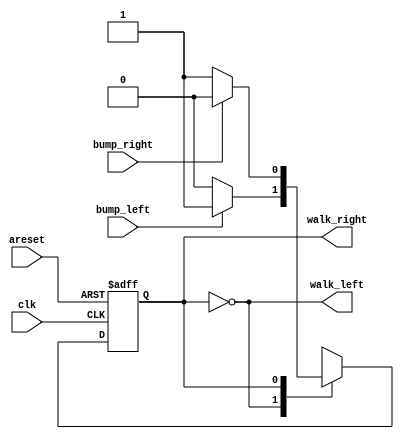
module top_module(
    input clk,
    input areset,
    input bump_left,
    input bump_right,
    output walk_left,
    output walk_right); 

    parameter LEFT=0, RIGHT=1;
    reg state, next_state;

    always @(*) begin
        case(state)
            LEFT : next_state = (bump_left) ? RIGHT : LEFT;
            RIGHT : next_state = (bump_right) ? LEFT : RIGHT;
            default : next_state = LEFT; 
        endcase
    end

    always @(posedge clk, posedge areset) begin
        if(areset) state <= LEFT;
        else state <= next_state;
    end
            
    assign walk_left = (state == LEFT);
    assign walk_right = (state == RIGHT);

endmodule